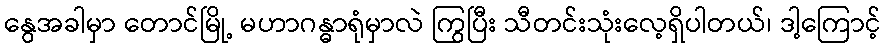
နွေအခါမှာ တောင်မြို့ မဟာဂန္ဓာရုံမှာလဲ ကြွပြီး သီတင်းသုံးလေ့ရှိပါတယ်၊ ဒါ့ကြောင့်